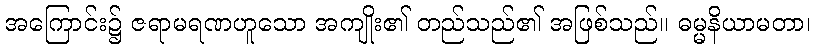
အကြောင်း၌ ဇရာမရဏဟူသော အကျိုး၏ တည်သည်၏ အဖြစ်သည်။ ဓမ္မနိယာမတာ၊